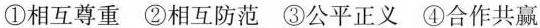
①相互尊重 ②相互防范 ③公平正义 ④合作共赢